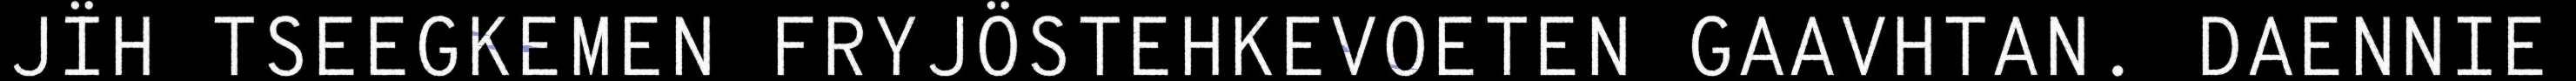
JÏH TSEEGKEMEN FRYJÖSTEHKEVOETEN GAAVHTAN. DAENNIE